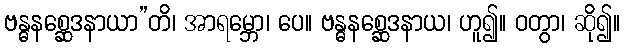
ဗန္ဓနစ္ဆေဒနာယာ”တိ၊ အာရမ္ဘော၊ ပေ။ ဗန္ဓနစ္ဆေဒနာယ၊ ဟူ၍။ ဝတွာ၊ ဆို၍။